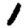
Digit: 1